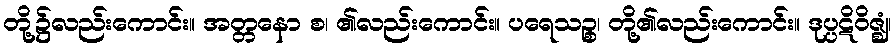
တို့၌လည်းကောင်း။ အတ္တနော စ၊ ၏လည်းကောင်း။ ပရေသဉ္စ၊ တို့၏လည်းကောင်း။ ဒုပ္ပဋိဝိဇ္ဈံ၊